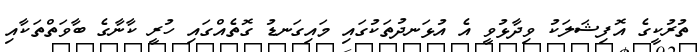
ތުރުކީގެ އޮފިޝަލަކު ވިދާޅުވީ އެ އުޅަނދުތަކުގައި މައިގަނޑު ގޮތެއްގައި ހުރީ ކާނާގެ ބާވަތްތަކާއި